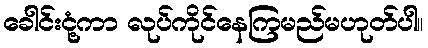
ခေါင်းငုံ့ကာ လုပ်ကိုင်နေကြမည်မဟုတ်ပါ။